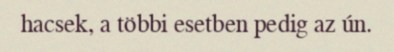
hacsek, a többi esetben pedig az ún.